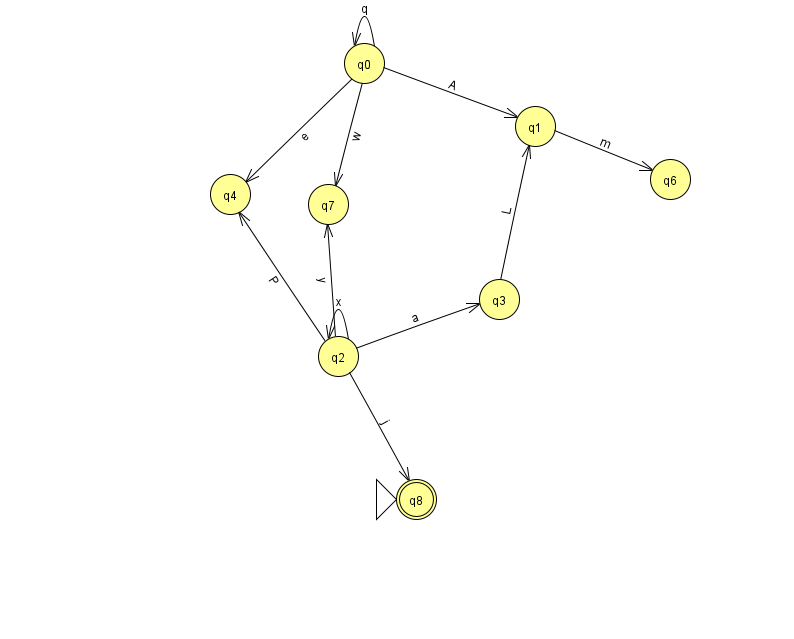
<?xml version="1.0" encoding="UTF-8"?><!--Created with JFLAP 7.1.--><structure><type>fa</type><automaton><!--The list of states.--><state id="0" name="q0"><x>364.0</x><y>50.0</y></state><state id="1" name="q1"><x>535.0</x><y>113.0</y></state><state id="2" name="q2"><x>338.0</x><y>343.0</y></state><state id="3" name="q3"><x>499.0</x><y>286.0</y></state><state id="4" name="q4"><x>230.0</x><y>181.0</y></state><state id="6" name="q6"><x>670.0</x><y>166.0</y></state><state id="7" name="q7"><x>328.0</x><y>191.0</y></state><state id="8" name="q8"><x>416.0</x><y>486.0</y><initial/><final/></state><!--The list of transitions.--><transition><from>1</from><to>6</to><read>m</read></transition><transition><from>0</from><to>0</to><read>q</read></transition><transition><from>2</from><to>4</to><read>P</read></transition><transition><from>2</from><to>7</to><read>y</read></transition><transition><from>0</from><to>4</to><read>e</read></transition><transition><from>2</from><to>2</to><read>x</read></transition><transition><from>0</from><to>7</to><read>w</read></transition><transition><from>0</from><to>1</to><read>A</read></transition><transition><from>2</from><to>8</to><read>j</read></transition><transition><from>2</from><to>3</to><read>a</read></transition><transition><from>3</from><to>1</to><read>L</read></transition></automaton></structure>